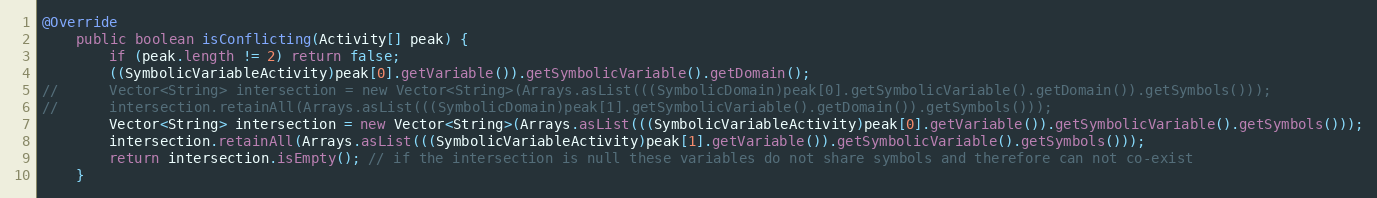
Language: Java
@Override
	public boolean isConflicting(Activity[] peak) {
		if (peak.length != 2) return false;
		((SymbolicVariableActivity)peak[0].getVariable()).getSymbolicVariable().getDomain();
//		Vector<String> intersection = new Vector<String>(Arrays.asList(((SymbolicDomain)peak[0].getSymbolicVariable().getDomain()).getSymbols()));
//		intersection.retainAll(Arrays.asList(((SymbolicDomain)peak[1].getSymbolicVariable().getDomain()).getSymbols()));
		Vector<String> intersection = new Vector<String>(Arrays.asList(((SymbolicVariableActivity)peak[0].getVariable()).getSymbolicVariable().getSymbols()));
		intersection.retainAll(Arrays.asList(((SymbolicVariableActivity)peak[1].getVariable()).getSymbolicVariable().getSymbols()));
		return intersection.isEmpty(); // if the intersection is null these variables do not share symbols and therefore can not co-exist
	}